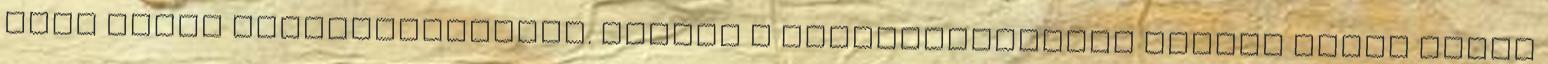
azok ipari hasznosításában. Ezekre a tapasztalatokra építve hozta létre